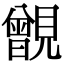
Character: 𧢐